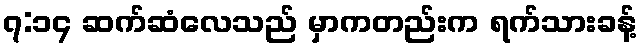
၇:၁၄ ဆက်ဆံလေသည် မှာကတည်းက ရက်သားခန့်